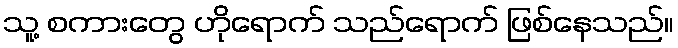
သူ့ စကားတွေ ဟိုရောက် သည်ရောက် ဖြစ်နေသည်။